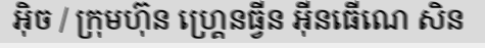
អ៊ិច / ក្រុមហ៊ុន ហ្គ្រេនធ្វីន អ៊ីនធើណេ សិន